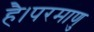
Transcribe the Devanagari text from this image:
है।परमाणु